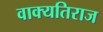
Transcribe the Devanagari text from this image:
वाक्यतिराज